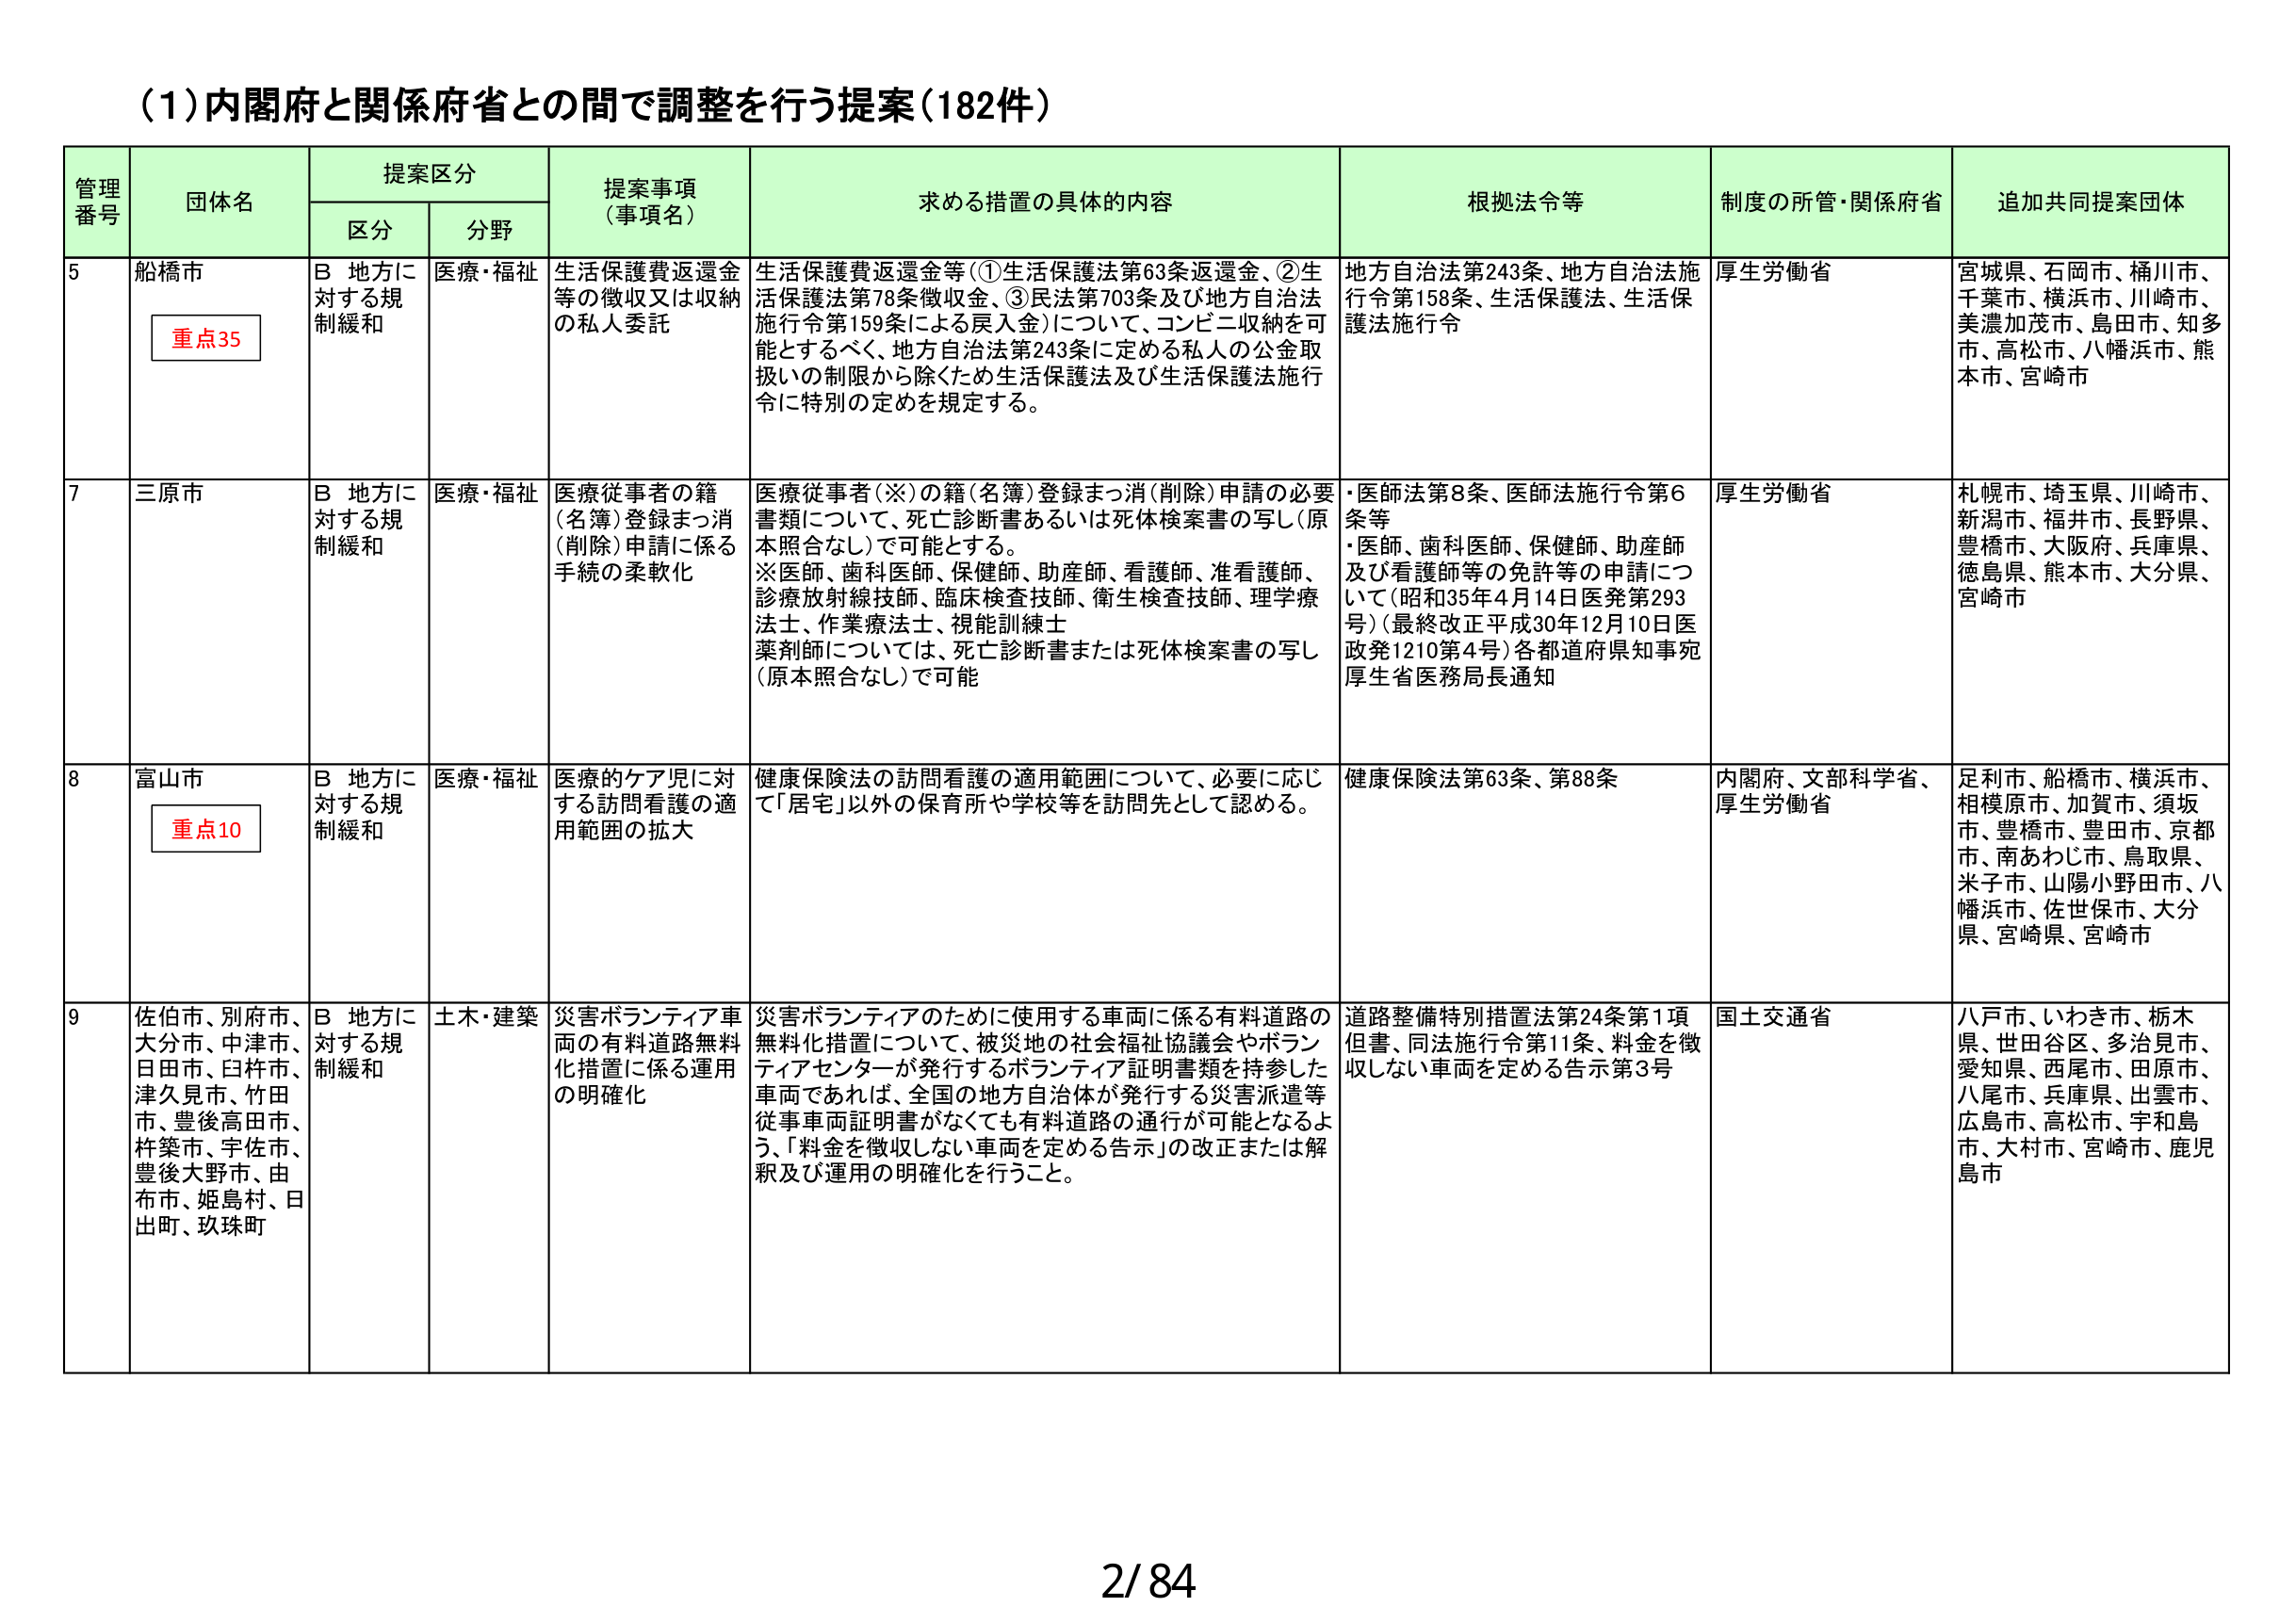
(1)内閣府と関係府省との間で調整を行う提案(182件)

管理番号	団体名	提案区分	提案事項(事項名)	求める措置の具体的内容	根拠法令等	制度の所管・関係府省	追加共同提案団体
		区分	分野
5	船橋市	重点35	B 地方に対する規制緩和	医療・福祉	生活保護費返還金等の徴収又は収納の私人委託	生活保護費返還金等(①生活保護法第63条返還金、②生活保護法第78条徴収金、③民法第703条及び地方自治法施行令第159条による戻入金)について、コンビニ収納を可能とするべく、地方自治法第243条に定める私人の公金取扱いの制限から除くため生活保護法及び生活保護法施行令に特別の定めを規定する。	地方自治法第243条、地方自治法施行令第158条、生活保護法、生活保護法施行令	厚生労働省	宮城県、石岡市、桶川市、千葉市、横浜市、川崎市、美濃加茂市、島田市、知多市、高松市、八幡浜市、熊本市、宮崎市
7	三原市	B 地方に対する規制緩和	医療・福祉	医療従事者の籍(名簿)登録まっ消(削除)申請に係る手続の柔軟化	医療従事者(※)の籍(名簿)登録まっ消(削除)申請の必要書類について、死亡診断書あるいは死体検案書の写し(原本照合なし)で可能とする。※医師、歯科医師、保健師、助産師、看護師、准看護師、診療放射線技師、臨床検査技師、衛生検査技師、理学療法士、作業療法士、視能訓練士薬剤師については、死亡診断書または死体検案書の写し(原本照合なし)で可能	・医師法第8条、医師法施行令第6条等・医師、歯科医師、保健師、助産師及び看護師等の免許等の申請について(昭和35年4月14日医発第293号)(最終改正平成30年12月10日医政発1210第4号)各都道府県知事宛厚生省医務局長通知	厚生労働省	札幌市、埼玉県、川崎市、新潟市、福井市、長野県、豊橋市、大阪府、兵庫県、徳島県、熊本市、大分県、宮崎市
8	富山市	重点10	B 地方に対する規制緩和	医療・福祉	医療的ケア児に対する訪問看護の適用範囲の拡大	健康保険法の訪問看護の適用範囲について、必要に応じて「居宅」以外の保育所や学校等を訪問先として認める。	健康保険法第63条、第88条	内閣府、文部科学省、厚生労働省	足利市、船橋市、横浜市、相模原市、加賀市、須坂市、豊橋市、豊田市、京都市、南あわじ市、鳥取県、米子市、山陽小野田市、八幡浜市、佐世保市、大分県、宮崎県、宮崎市
9	佐伯市、別府市、大分市、中津市、日田市、臼杵市、津久見市、竹田市、豊後高田市、杵築市、宇佐市、豊後大野市、由布市、姫島村、日出町、玖珠町	B 地方に対する規制緩和	土木・建築	災害ボランティア車両の有料道路無料化措置に係る運用の明確化	災害ボランティアのために使用する車両に係る有料道路の無料化措置について、被災地の社会福祉協議会やボランティアセンターが発行するボランティア証明書類を持参した車両であれば、全国の地方自治体が発行する災害派遣等従事車両証明書がなくても有料道路の通行が可能となるよう、「料金を徴収しない車両を定める告示」の改正または解釈及び運用の明確化を行うこと。	道路整備特別措置法第24条第1項但書、同法施行令第11条、料金を徴収しない車両を定める告示第3号	国土交通省	八戸市、いわき市、栃木県、世田谷区、多治見市、愛知県、西尾市、田原市、八尾市、兵庫県、出雲市、広島市、高松市、宇和島市、大村市、宮崎市、鹿児島市

2/84